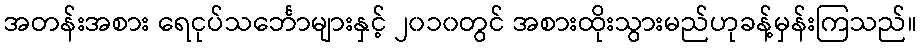
အတန်းအစား ရေငုပ်သင်္ဘောများနှင့် ၂၀၁၀တွင် အစားထိုးသွားမည်ဟုခန့်မှန်းကြသည်။